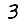
Digit: 3